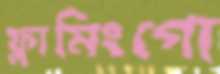
ফ্লামিংগো